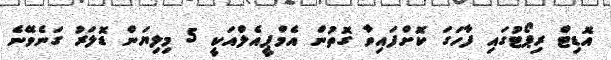
އޮޑިޓް ރިޕޯޓުގައި ފާހަގަ ކޮށްފައިވާ ގޮތުން އެމްޕީއެލްއަކީ 5 މިލިޔަން ޑޮލަރު ގަނެވޭނެ